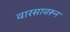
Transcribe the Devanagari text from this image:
वारसावरून